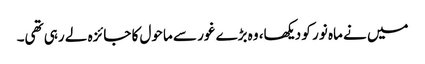
میں نے ماہ نور کو دیکھا، وہ بڑے غور سے ماحول کا جائزہ لے رہی تھی۔